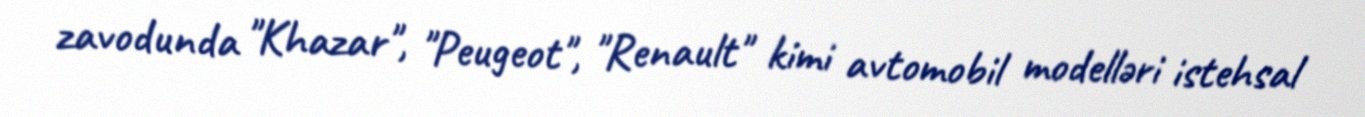
zavodunda "Khazar", "Peugeot", "Renault" kimi avtomobil modelləri istehsal